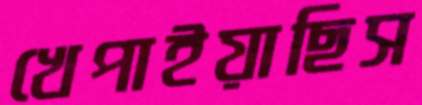
খেপাইয়াছিস